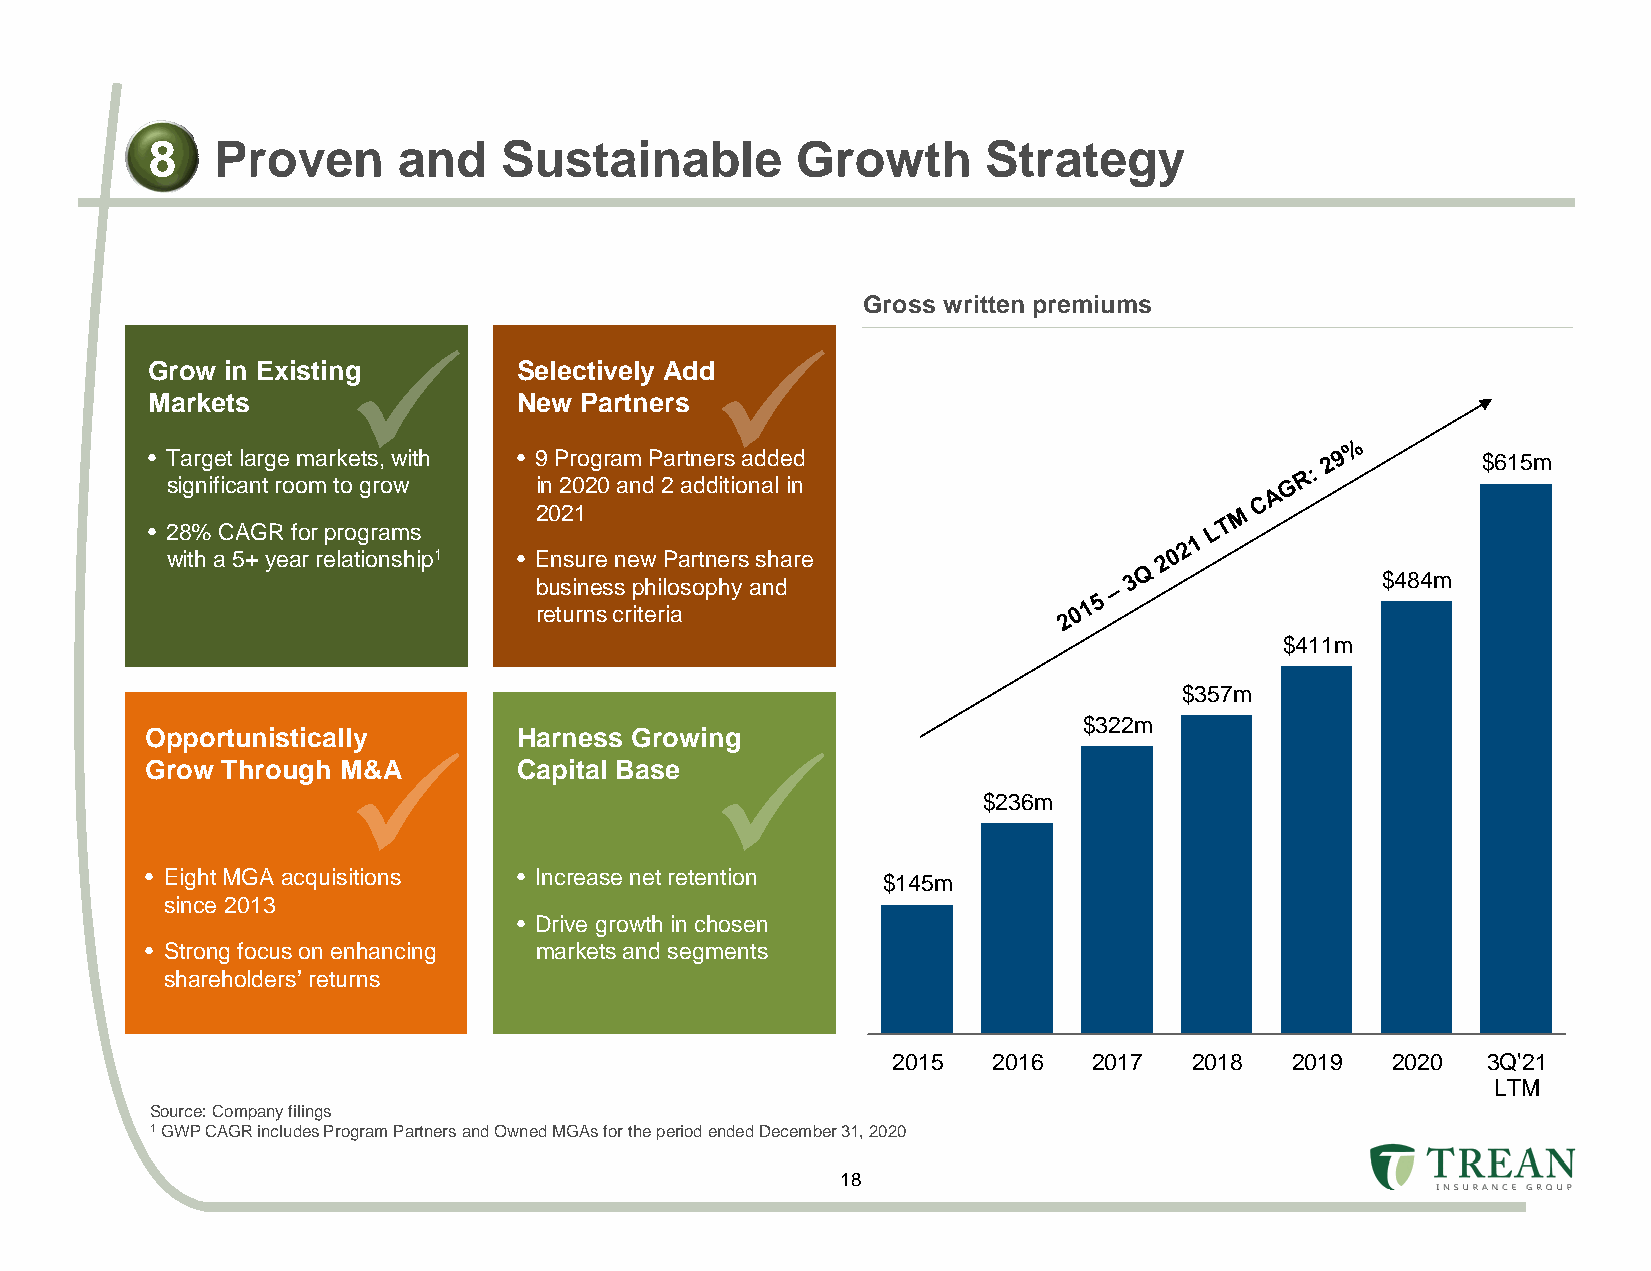
8   Proven      and    Sustainable         Growth      Strategy
 Gross written premiums
 Grow in Existing        Selectively Add
 Markets                 New Partners
 • Target large markets, with • 9 Program Partners added                                 $615m
 significant room to grow in 2020 and 2 additional in
 2021
 • 28% CAGR for programs
 with a 5+ year relationship1 • Ensure new Partners share
 $484m
 business philosophy and
 returns criteria
 $411m
 $357m
 $322m
 Opportunistically       Harness Growing
 Grow Through M&A        Capital Base
 $236m
 • Eight MGA acquisitions • Increase net retention $145m
 since 2013
 • Drive growth in chosen
 • Strong focus on enhancing markets and segments
 shareholders’ returns
 2015   2016  2017   2018  2019   2020  3Q'21
 LTM
 Source: Company filings
 1GWP CAGR includes Program Partners and Owned MGAs for the period ended December 31, 2020
 18